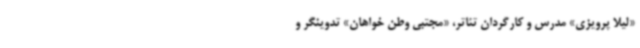
«لیلا پرویزی» مدرس و کارگردان تئاتر، «مجتبی وطن خواهان» تدوینگر و